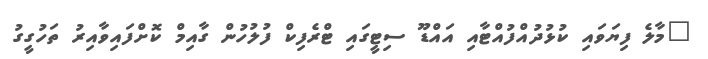
"މާލެ ފިޔަވައި ކުޅުދުއްފުއްޓާއި އައްޑޫ ސިޓީގައި ޓްރެފިކް ފުލުހުން ގާއިމް ކޮށްފައިވާއިރު ތަހުގީގު